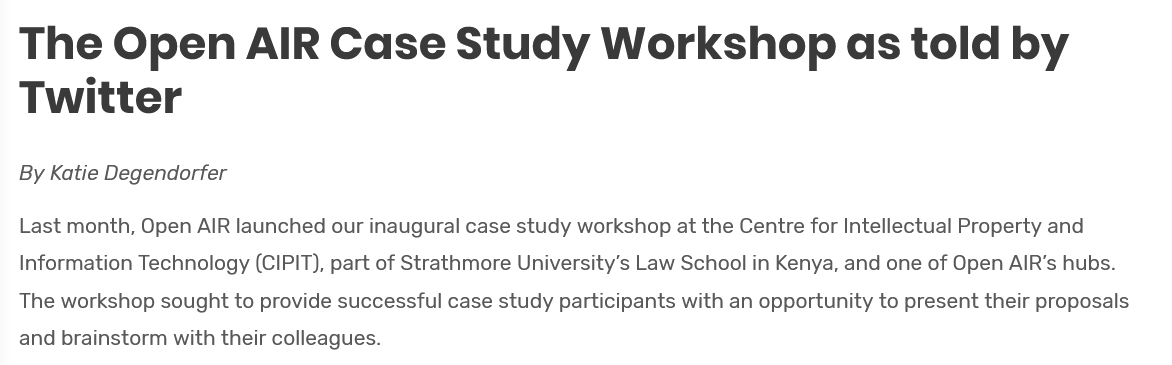
The    Open    AIR    Case    Study    Workshop    as    told    by
  Twitter
  By Katie Degendorfer
  Last month, Open AIR launched our inaugural case study workshop at the Centre for Intellectual Property and
  Information Technology (CIPIT), part of Strathmore University’s Law School in Kenya, and one of Open AIR’s hubs.
  The workshop sought to provide successful case study participants with an opportunity to present their proposal:
  and brainstorm with their colleagues.